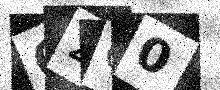
Text: 62G0